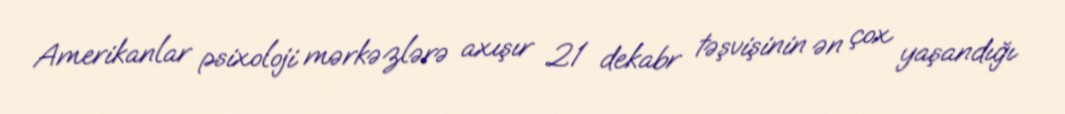
Amerikanlar psixoloji mərkəzlərə axışır 21 dekabr təşvişinin ən çox yaşandığı